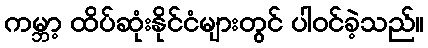
ကမ္ဘာ့ ထိပ်ဆုံးနိုင်ငံများတွင် ပါဝင်ခဲ့သည်။